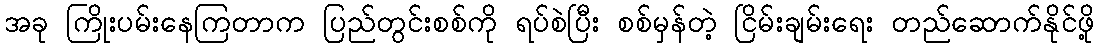
အခု ကြိုးပမ်းနေကြတာက ပြည်တွင်းစစ်ကို ရပ်စဲပြီး စစ်မှန်တဲ့ ငြိမ်းချမ်းရေး တည်ဆောက်နိုင်ဖို့